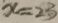
x = 2 3